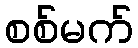
စစ်မက်